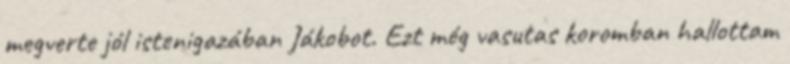
megverte jól istenigazában Jákobot. Ezt még vasutas koromban hallottam